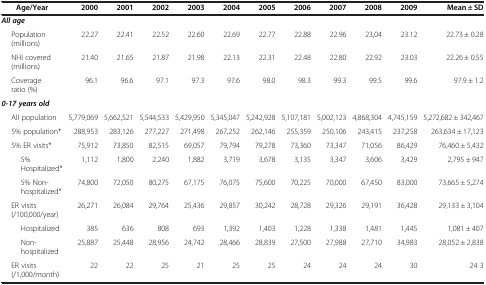
<table><thead><tr><td><b>Age/Year</b></td><td><b>2000</b></td><td><b>2001</b></td><td><b>2002</b></td><td><b>2003</b></td><td><b>2004</b></td><td><b>2005</b></td><td><b>2006</b></td><td><b>2007</b></td><td><b>2008</b></td><td><b>2009</b></td><td><b>Mean ± SD</b></td></tr></thead><tbody><tr><td><b><i>All age</i></b></td><td> </td><td> </td><td> </td><td> </td><td> </td><td> </td><td> </td><td> </td><td> </td><td> </td><td> </td></tr><tr><td>Population(millions)</td><td>22.27</td><td>22.41</td><td>22.52</td><td>22.60</td><td>22.69</td><td>22.77</td><td>22.88</td><td>22.96</td><td>23,04</td><td>23.12</td><td>22.73 ± 0.28</td></tr><tr><td>NHI covered(millions)</td><td>21.40</td><td>21.65</td><td>21.87</td><td>21.98</td><td>22.13</td><td>22.31</td><td>22.48</td><td>22.80</td><td>22.92</td><td>23.03</td><td>22.26 ± 0.55</td></tr><tr><td>Coverageratio (%)</td><td>96.1</td><td>96.6</td><td>97.1</td><td>97.3</td><td>97.6</td><td>98.0</td><td>98.3</td><td>99.3</td><td>99.5</td><td>99.6</td><td>97.9 ± 1.2</td></tr><tr><td><b><i>0-17 years old</i></b></td><td> </td><td> </td><td> </td><td> </td><td> </td><td> </td><td> </td><td> </td><td> </td><td> </td><td> </td></tr><tr><td>All population</td><td>5,779,069</td><td>5,662,521</td><td>5,544,533</td><td>5,429,950</td><td>5,345,047</td><td>5,242,928</td><td>5,107,181</td><td>5,002,123</td><td>4,868,304</td><td>4,745,159</td><td>5,272,682 ± 342,467</td></tr><tr><td>5% population*</td><td>288,953</td><td>283,126</td><td>277,227</td><td>271,498</td><td>267,252</td><td>262,146</td><td>255,359</td><td>250,106</td><td>243,415</td><td>237,258</td><td>263,634 ± 17,123</td></tr><tr><td>5% ER visits*</td><td>75,912</td><td>73,850</td><td>82,515</td><td>69,057</td><td>79,794</td><td>79,278</td><td>73,360</td><td>73,347</td><td>71,056</td><td>86,429</td><td>76,460 ± 5,432</td></tr><tr><td>5%Hospitalized*</td><td>1,112</td><td>1,800</td><td>2,240</td><td>1,882</td><td>3,719</td><td>3,678</td><td>3,135</td><td>3,347</td><td>3,606</td><td>3,429</td><td>2,795 ± 947</td></tr><tr><td>5% Non-hospitalized*</td><td>74,800</td><td>72,050</td><td>80,275</td><td>67,175</td><td>76,075</td><td>75,600</td><td>70,225</td><td>70,000</td><td>67,450</td><td>83,000</td><td>73,665 ± 5,274</td></tr><tr><td>ER visits(/100,000/year)</td><td>26,271</td><td>26,084</td><td>29,764</td><td>25,436</td><td>29,857</td><td>30,242</td><td>28,728</td><td>29,326</td><td>29,191</td><td>36,428</td><td>29,133 ± 3,104</td></tr><tr><td>Hospitalized</td><td>385</td><td>636</td><td>808</td><td>693</td><td>1,392</td><td>1,403</td><td>1,228</td><td>1,338</td><td>1,481</td><td>1,445</td><td>1,081 ± 407</td></tr><tr><td>Non-hospitalized</td><td>25,887</td><td>25,448</td><td>28,956</td><td>24,742</td><td>28,466</td><td>28,839</td><td>27,500</td><td>27,988</td><td>27,710</td><td>34,983</td><td>28,052 ± 2,838</td></tr><tr><td>ER visits(/1,000/month)</td><td>22</td><td>22</td><td>25</td><td>21</td><td>25</td><td>25</td><td>24</td><td>24</td><td>24</td><td>30</td><td>24 3</td></tr></tbody></table>